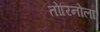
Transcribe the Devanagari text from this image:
तोरिनोला